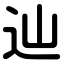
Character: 辿